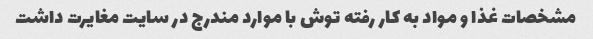
مشخصات غذا و مواد به کار رفته توش با موارد مندرج در سایت مغایرت داشت